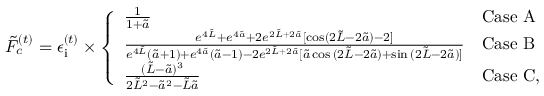
\tilde { F } _ { c } ^ { ( t ) } = \epsilon _ { \mathrm { i } } ^ { ( t ) } \times \left\{ \begin{array} { l l } { \frac { 1 } { 1 + \tilde { a } } } & { \mathrm { C a s e ~ A } } \\ { \frac { e ^ { 4 \tilde { L } } + e ^ { 4 \tilde { a } } + 2 e ^ { 2 \tilde { L } + 2 \tilde { a } } [ \cos ( 2 \tilde { L } - 2 \tilde { a } ) - 2 ] } { e ^ { 4 \tilde { L } } ( \tilde { a } + 1 ) + e ^ { 4 \tilde { a } } ( \tilde { a } - 1 ) - 2 e ^ { 2 \tilde { L } + 2 \tilde { a } } [ \tilde { a } \cos { ( 2 \tilde { L } - 2 \tilde { a } ) } + \sin { ( 2 \tilde { L } - 2 \tilde { a } ) ] } } } & { \mathrm { C a s e ~ B } } \\ { \frac { ( \tilde { L } - \tilde { a } ) ^ { 3 } } { 2 \tilde { L } ^ { 2 } - \tilde { a } ^ { 2 } - \tilde { L } \tilde { a } } } & { \mathrm { C a s e ~ C } , } \end{array} \right.